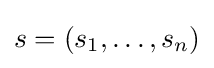
s=(s_{1},\ldots ,s_{n})